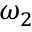
\omega _ { 2 }